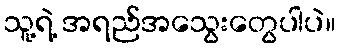
သူ့ရဲ့ အရည်အသွေးတွေပါပဲ။